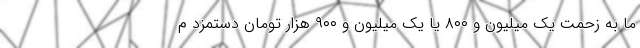
ما به زحمت یک میلیون و ۸۰۰ یا یک میلیون و ۹۰۰ هزار تومان دستمزد م